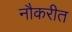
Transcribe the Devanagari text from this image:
नौकरीत